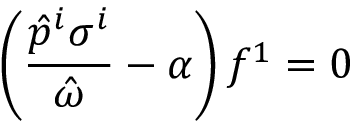
\left( \frac { \hat { p } ^ { i } \sigma ^ { i } } { \hat { \omega } } - \alpha \right) f ^ { 1 } = 0